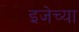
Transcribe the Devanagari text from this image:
इजेच्या